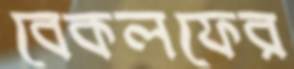
বেকলফের